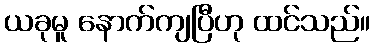
ယခုမူ နောက်ကျပြီဟု ထင်သည်။